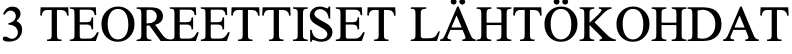
3 TEOREETTISET LÄHTÖKOHDAT